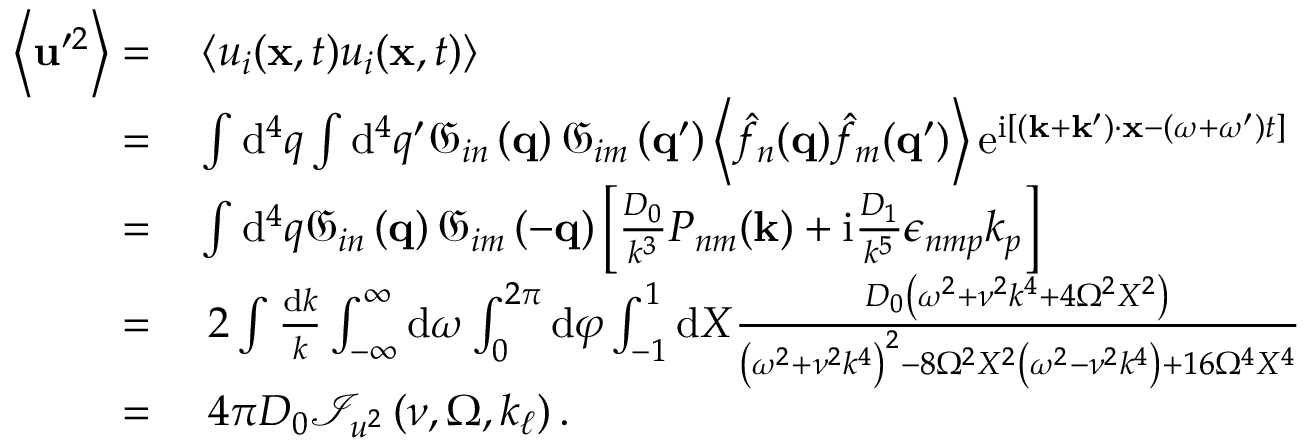
\begin{array} { r l } { \left\langle \mathbf { u } ^ { \prime 2 } \right\rangle = } & { { } \left\langle u _ { i } ( \mathbf { x } , t ) u _ { i } ( \mathbf { x } , t ) \right\rangle } \\ { = } & { { } \int \mathrm { d } ^ { 4 } q \int \mathrm { d } ^ { 4 } q ^ { \prime } \mathfrak { G } _ { i n } \left( \mathbf { q } \right) \mathfrak { G } _ { i m } \left( \mathbf { q } ^ { \prime } \right) \left\langle \hat { f } _ { n } ( \mathbf { q } ) \hat { f } _ { m } ( \mathbf { q } ^ { \prime } ) \right\rangle \mathrm { e } ^ { \mathrm { i } \left[ \left( \mathbf { k } + \mathbf { k } ^ { \prime } \right) \cdot \mathbf { x } - \left( \omega + \omega ^ { \prime } \right) t \right] } } \\ { = } & { { } \int \mathrm { d } ^ { 4 } q \mathfrak { G } _ { i n } \left( \mathbf { q } \right) \mathfrak { G } _ { i m } \left( - \mathbf { q } \right) \left[ \frac { D _ { 0 } } { k ^ { 3 } } P _ { n m } ( \mathbf { k } ) + \mathrm { i } \frac { D _ { 1 } } { k ^ { 5 } } \epsilon _ { n m p } k _ { p } \right] } \\ { = } & { { } \, \, 2 \int \frac { \mathrm { d } k } { k } \int _ { - \infty } ^ { \infty } \mathrm { d } \omega \int _ { 0 } ^ { 2 \pi } \mathrm { d } \varphi \int _ { - 1 } ^ { 1 } \mathrm { d } X \frac { D _ { 0 } \left( \omega ^ { 2 } + \nu ^ { 2 } k ^ { 4 } + 4 \Omega ^ { 2 } X ^ { 2 } \right) } { \left( \omega ^ { 2 } + \nu ^ { 2 } k ^ { 4 } \right) ^ { 2 } - 8 \Omega ^ { 2 } X ^ { 2 } \left( \omega ^ { 2 } - \nu ^ { 2 } k ^ { 4 } \right) + 1 6 \Omega ^ { 4 } X ^ { 4 } } } \\ { = } & { { } \, \, 4 \pi D _ { 0 } \mathcal { I } _ { u ^ { 2 } } \left( \nu , \Omega , k _ { \ell } \right) . } \end{array}